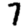
Digit: 7